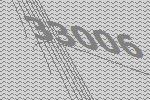
33006